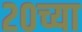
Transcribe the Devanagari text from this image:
२०च्या